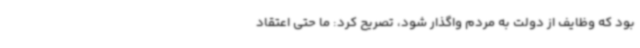
بود که وظایف از دولت به مردم واگذار شود، تصریح کرد: ما حتی اعتقاد